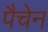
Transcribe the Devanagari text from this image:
पैचेन